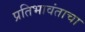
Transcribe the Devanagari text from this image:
प्रतिभावंताचा